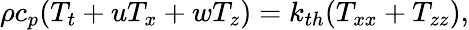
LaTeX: \rho c_{p}(T_{t}+uT_{x}+wT_{z})=k_{th}(T_{xx}+T_{zz}),